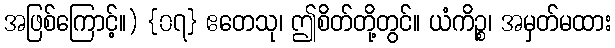
အဖြစ်ကြောင့်။) {၀၇} ဧတေသု၊ ဤစိတ်တို့တွင်။ ယံကိဉ္စ၊ အမှတ်မထား